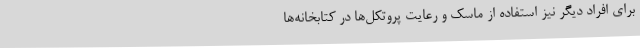
برای افراد دیگر نیز استفاده از ماسک و رعایت پروتکل‌ها در کتابخانه‌ها